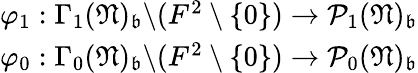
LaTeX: \begin{array}{r}{\varphi_{1}:\Gamma_{1}(\mathfrak N)_{\mathfrak b}\backslash(F^{2}\setminus\{ 0\} )\rightarrow\mathcal P_{1}(\mathfrak N)_{\mathfrak b}}\\ {\varphi_{0}:\Gamma_{0}(\mathfrak N)_{\mathfrak b}\backslash(F^{2}\setminus\{ 0\} )\rightarrow\mathcal P_{0}(\mathfrak N)_{\mathfrak b}}\end{array}